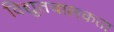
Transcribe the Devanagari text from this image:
विद्युतचालकता